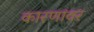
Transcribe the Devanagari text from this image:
कारणांवर